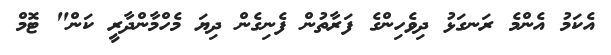
އެކަމު އެންމެ ރަނގަޅު ދިވެހިންގެ ފަރާތުން ފެނިގެން ދިޔަ މެހްމާންދާރީ ކަން" ޓޮމް